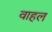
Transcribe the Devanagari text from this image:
वाहल